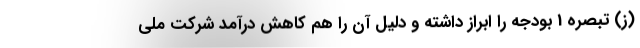
(ز) تبصره 1 بودجه را ابراز داشته و دلیل آن را هم کاهش درآمد شرکت ملی